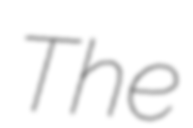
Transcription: The